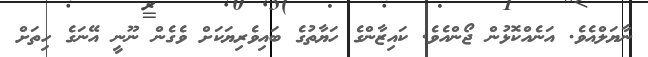
ނާޔަލްއެވެ. އަނެއްކޮޅުން ޖޯންއެވެ. ކައިޒާންގެ ހަޔާތުގެ ބައިވެރިޔަކަށް ވެގެން ނޫނީ އޭނަގެ ހިތަށް